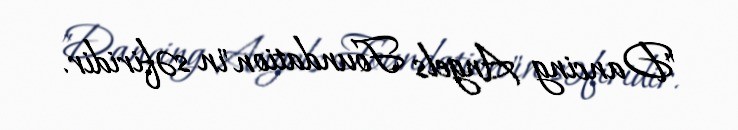
"Dancing Angels Foundation"ın səfiridir.